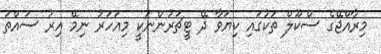
މިރާއްޖޭގެ ސްކޫލް ތަކުގައި ކިޔަވާ ދޭ ޓީޗަރުންނަކީ މިއަހަރު ނިމޭ އިރު ސައްތަ